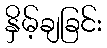
နှိမ့်ချခြင်း